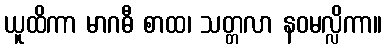
ယူထိကာ မာဂဓီ စာထ၊ သတ္တလာ နဝမလ္လိကာ။